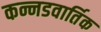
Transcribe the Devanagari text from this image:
कन्नडवार्तिक